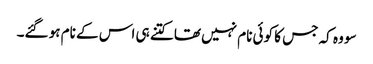
سو وہ کہ جس کا کوئی نام نہیں تھا کتنے ہی اس کے نام ہو گئے۔